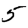
Digit: 5